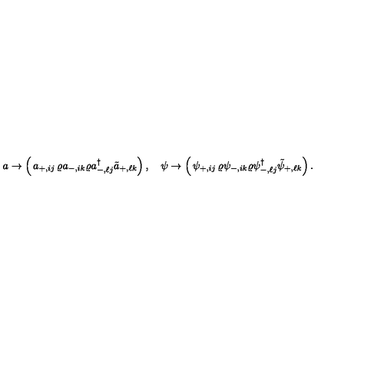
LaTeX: a \rightarrow \left( \begin{matrix} { a _ { + , i j } } & { \varrho a _ { - , i k } } \\ { \varrho a _ { - , \ell j } ^ { \dagger } } & { \tilde { a } _ { + , \ell k } } \\ \end{matrix} \right) , \quad \psi \rightarrow \left( \begin{matrix} { \psi _ { + , i j } } & { \varrho \psi _ { - , i k } } \\ { \varrho \psi _ { - , \ell j } ^ { \dagger } } & { \tilde { \psi } _ { + , \ell k } } \\ \end{matrix} \right) .